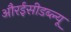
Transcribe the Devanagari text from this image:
औरईसीडब्ल्यू